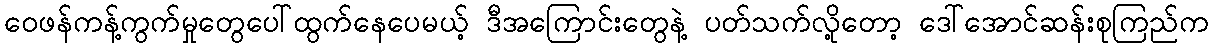
ဝေဖန်ကန့်ကွက်မှုတွေပေါ်ထွက်နေပေမယ့် ဒီအကြောင်းတွေနဲ့ ပတ်သက်လို့တော့ ဒေါ်အောင်ဆန်းစုကြည်က